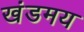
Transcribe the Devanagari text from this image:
खंडमय